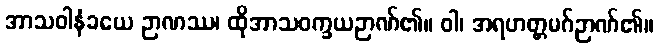
အာသဝါနံခယေ ဉာဏဿ၊ ထိုအာသဝက္ခယဉာဏ်၏။ ဝါ၊ အရဟတ္တမဂ်ဉာဏ်၏။